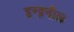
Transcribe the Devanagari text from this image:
इन्द्रनील